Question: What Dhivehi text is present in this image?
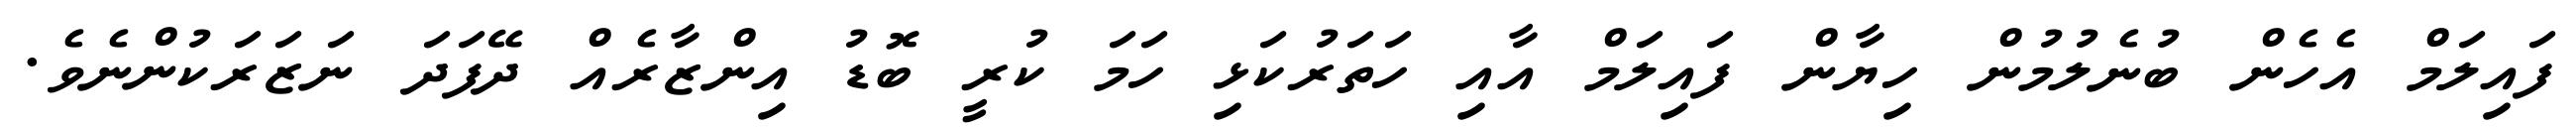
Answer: ފައިލަމް އެހެން ބުނެލުމުން ހިޔާން ފައިލަމް އާއި ހަތަރުކަޅި ހަމަ ކުރީ ބޮޑު އިންޒާރެއް ދޭފަދަ ނަޒަރަކުންނެވެ.